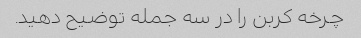
چرخه کربن را در سه جمله توضیح دهید.